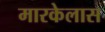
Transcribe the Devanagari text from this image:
मारकेलास